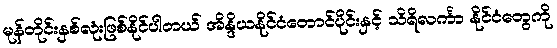
မုန်တိုင်းနှစ်လုံးဖြစ်နိုင်ပါတယ် အိန္ဒိယနိုင်ငံတောင်ပိုင်းနှင့် သိရိလင်္ကာ နိုင်ငံတွေကို